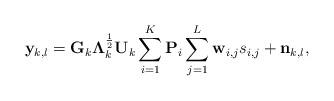
LaTeX: \begin{align*}\mathbf{y}_{k,l} =\mathbf{G}_k\mathbf{\Lambda}_k^{\frac{1}{2}}\mathbf{U}_k \sum^{K}_{i=1} \mathbf{P}_i \sum^{L}_{j=1}\mathbf{w}_{i,j}s_{i,j} +\mathbf{n}_{k,l},\end{align*}